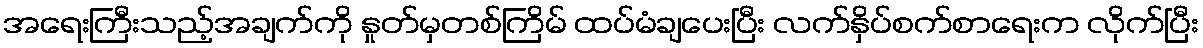
အရေးကြီးသည့်အချက်ကို နှုတ်မှတစ်ကြိမ် ထပ်မံချပေးပြီး လက်နှိပ်စက်စာရေးက လိုက်ပြီး